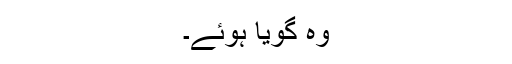
وہ گویا ہوئے۔